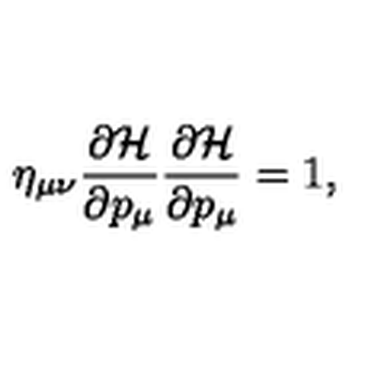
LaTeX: \eta _ { \mu \nu } \frac { \partial { \cal H } } { \partial p _ { \mu } } \frac { \partial { \cal H } } { \partial p _ { \mu } } = 1 ,